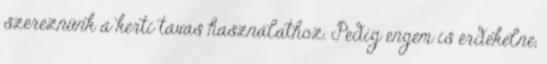
szereznünk a kerti tavas használathoz. Pedig engem is érdekelne,